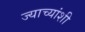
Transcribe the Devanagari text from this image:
ज्याच्यांशी